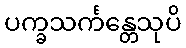
ပက္ခသင်္ကန္တေသုပိ